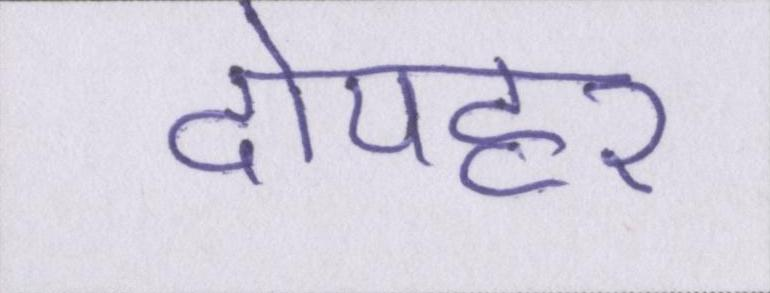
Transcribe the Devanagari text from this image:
दोपहर